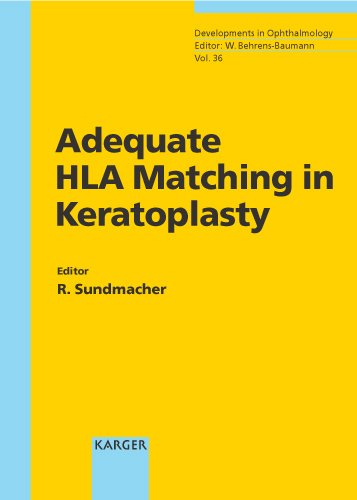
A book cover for Adequate HLA Matching in Keratoplasty (Developments in Ophthalmology, Vol. 36); Health, Fitness & Dieting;